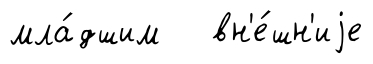
мла́дшим вн'е́шн'иjе